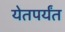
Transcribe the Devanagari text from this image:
येतपर्यंत